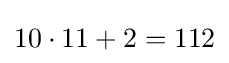
10\cdot 11+2=112